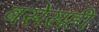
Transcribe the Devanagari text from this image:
बसेसही